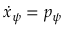
\dot { x } _ { \psi } = p _ { \psi }